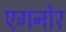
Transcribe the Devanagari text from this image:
एगनोर